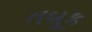
તબૂક